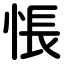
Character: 悵